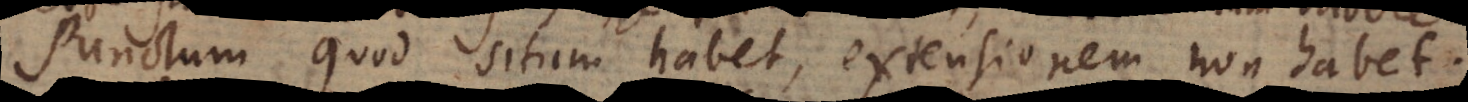
Punctum quod situm habet, extensionem non habet.